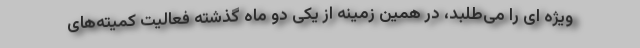
ویژه ای را می‌طلبد، در همین زمینه از یکی دو ماه گذشته فعالیت کمیته‌های